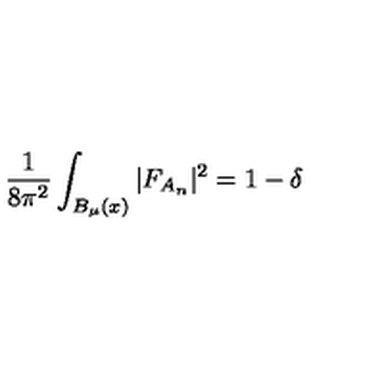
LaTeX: { \frac { 1 } { 8 \pi ^ { 2 } } } \int _ { B _ { \mu } ( x ) } \vert F _ { A _ { n } } \vert ^ { 2 } = 1 - \delta